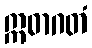
ဣဓာဂတံ